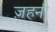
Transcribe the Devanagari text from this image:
ज़हनी